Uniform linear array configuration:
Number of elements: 12
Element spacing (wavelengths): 0.75
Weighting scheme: blackman
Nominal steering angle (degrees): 60
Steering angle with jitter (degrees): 60.813
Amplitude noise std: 0.05
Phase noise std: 0.05

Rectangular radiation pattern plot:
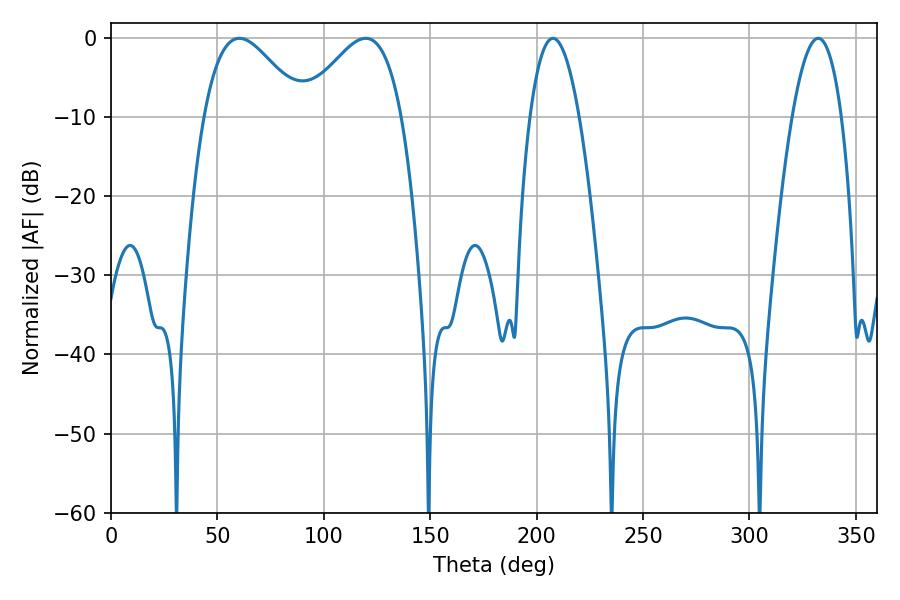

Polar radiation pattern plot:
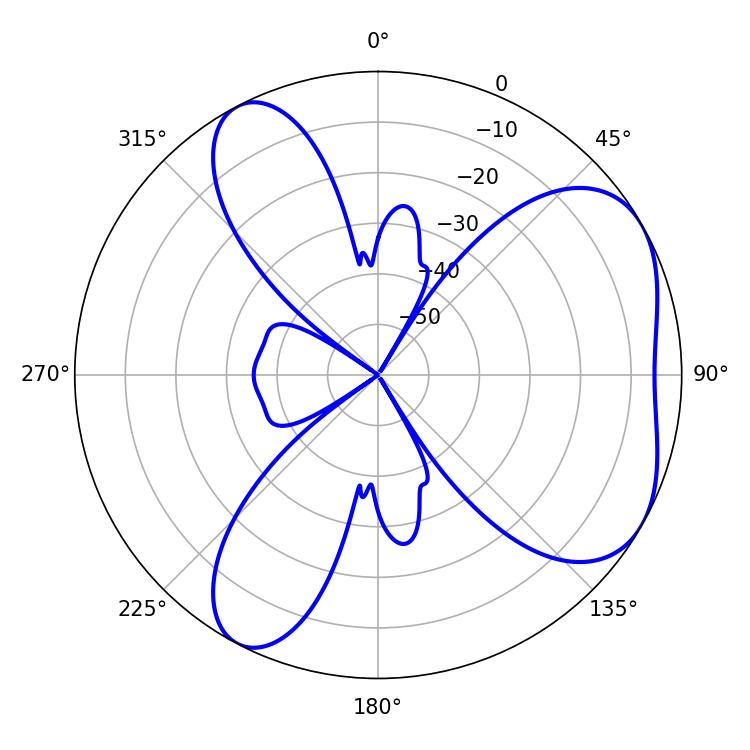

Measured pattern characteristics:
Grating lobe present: TRUE
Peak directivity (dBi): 5.05
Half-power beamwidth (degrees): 25.02
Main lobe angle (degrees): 60.3